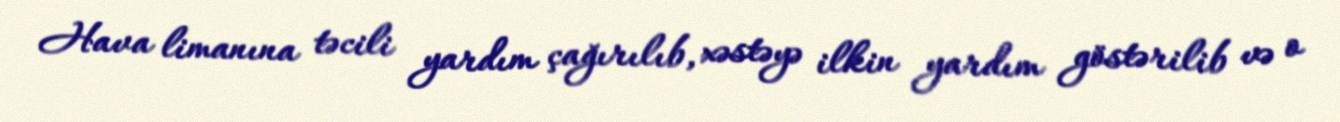
Hava limanına təcili yardım çağırılıb, xəstəyə ilkin yardım göstərilib və o